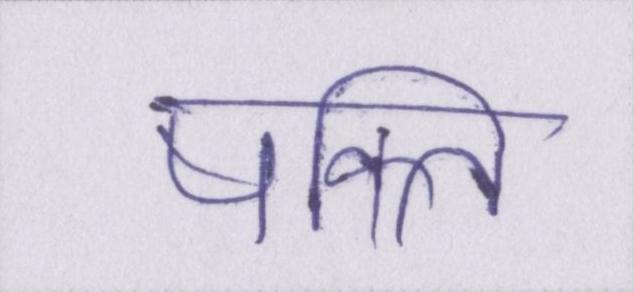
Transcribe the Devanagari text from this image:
षक्ति